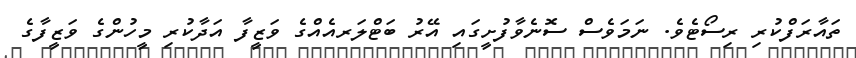
ތައާރަފްކުރި ރިސޯޓެވެ. ނަމަވެސް ސޮނެވާފުށީގައި އޭރު ބަޓްލަރއެއްގެ ވަޒީފާ އަދާކުރި މީހުންގެ ވަޒީފާގެ